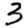
Digit: 3